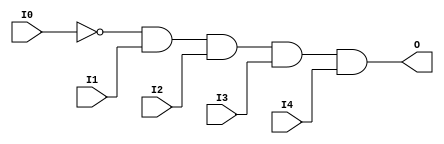
// $Header: /devl/xcs/repo/env/Databases/CAEInterfaces/verunilibs/s/AND5B1.v,v 1.8.22.1 2003/11/18 20:41:33 wloo Exp $

/*

FUNCTION	: 5-INPUT AND GATE

*/

`timescale  100 ps / 10 ps


module AND5B1 (O, I0, I1, I2, I3, I4);

    output O;

    input  I0, I1, I2, I3, I4;

    not N0 (i0_inv, I0);
    and A1 (O, i0_inv, I1, I2, I3, I4);

    specify
	(I0 *> O) = (0, 0);
	(I1 *> O) = (0, 0);
	(I2 *> O) = (0, 0);
	(I3 *> O) = (0, 0);
	(I4 *> O) = (0, 0);
    endspecify

endmodule